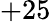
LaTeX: +25